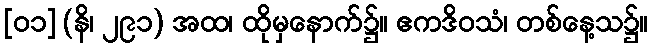
[၀၁] (နိ၊ ၂၉၁) အထ၊ ထိုမှနောက်၌။ ဧကဒိဝသံ၊ တစ်နေ့သ၌။